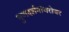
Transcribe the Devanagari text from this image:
गुणदर्शनांबरोबर